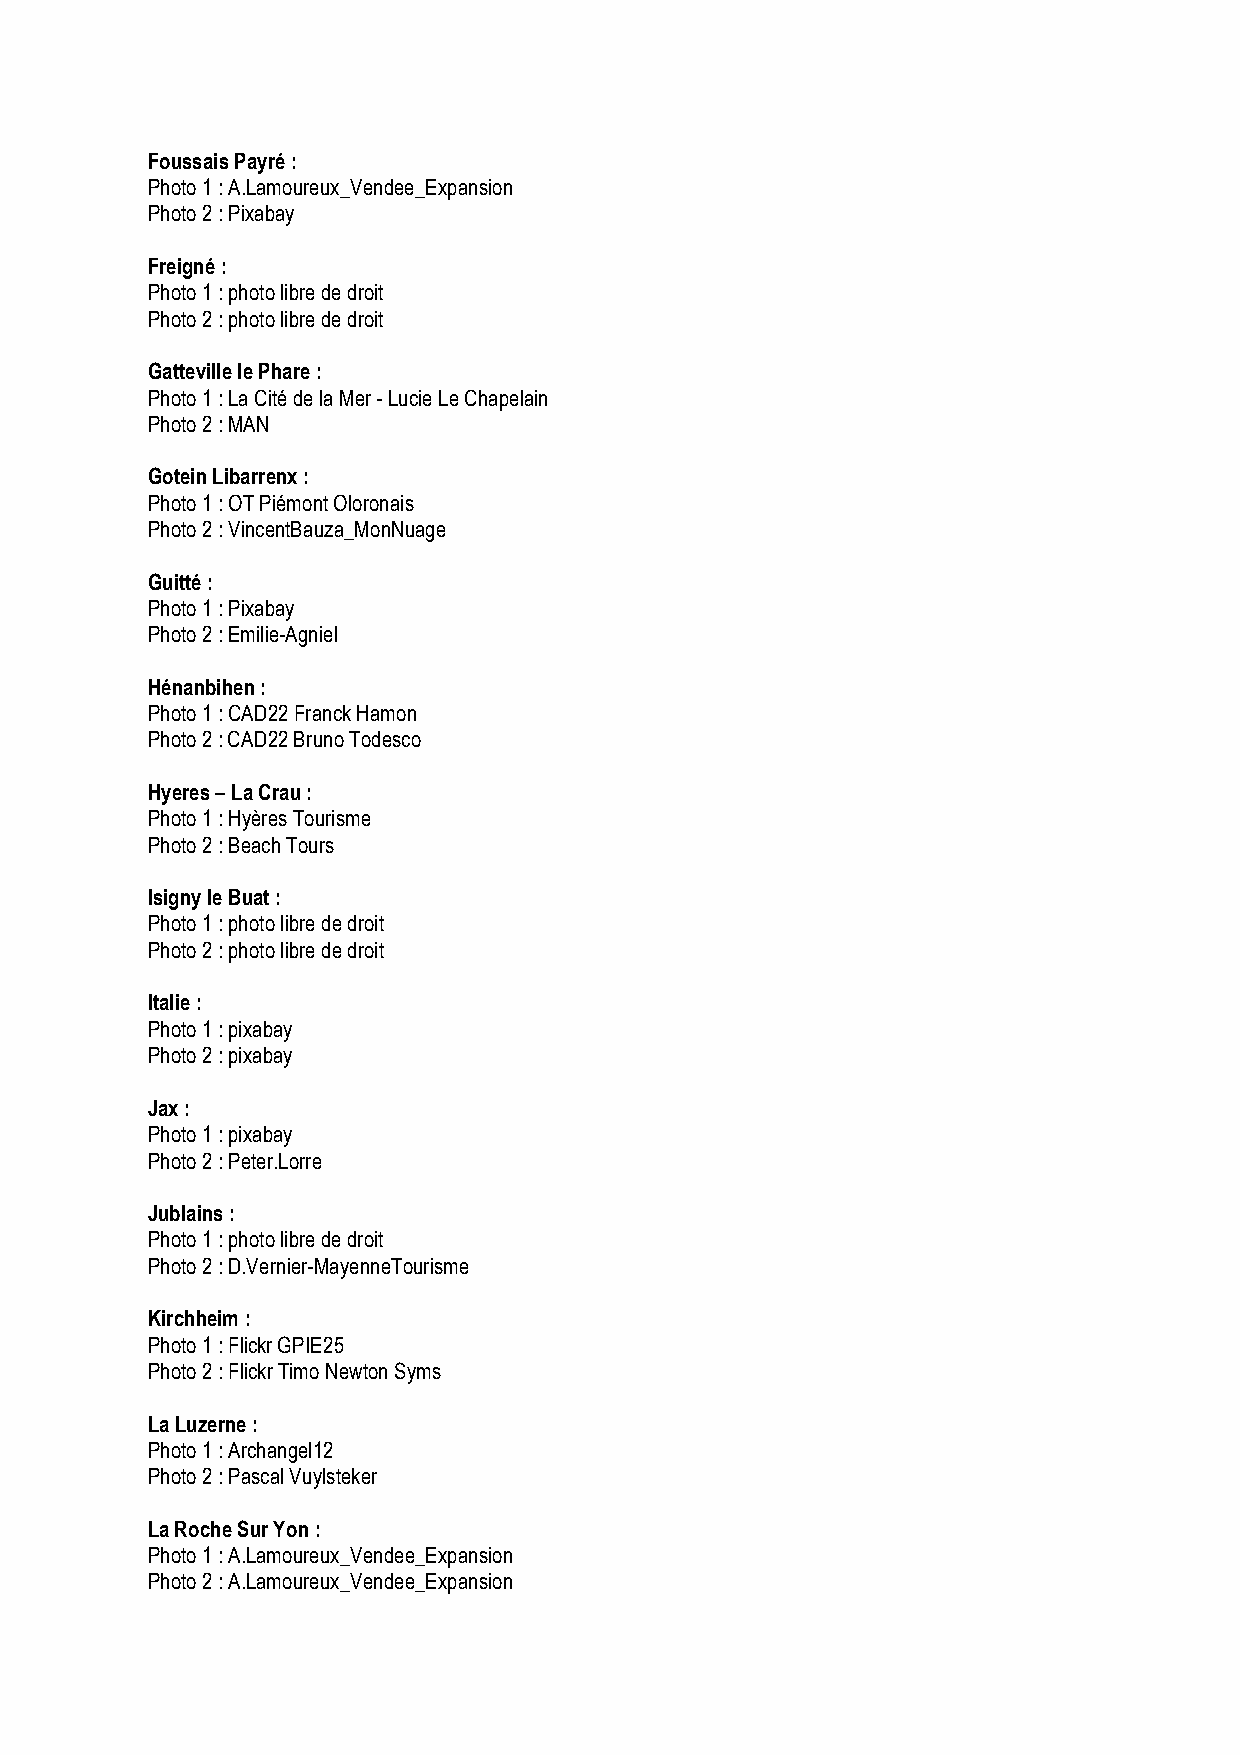
Foussais Payré :
 Photo 1 : A.Lamoureux_Vendee_Expansion
 Photo 2 : Pixabay
 Freigné :
 Photo 1 : photo libre de droit
 Photo 2 : photo libre de droit
 Gatteville le Phare :
 Photo 1 : La Cité de la Mer - Lucie Le Chapelain
 Photo 2 : MAN
 Gotein Libarrenx :
 Photo 1 : OT Piémont Oloronais
 Photo 2 : VincentBauza_MonNuage
 Guitté :
 Photo 1 : Pixabay
 Photo 2 : Emilie-Agniel
 Hénanbihen :
 Photo 1 : CAD22 Franck Hamon
 Photo 2 : CAD22 Bruno Todesco
 Hyeres – La Crau :
 Photo 1 : Hyères Tourisme
 Photo 2 : Beach Tours
 Isigny le Buat :
 Photo 1 : photo libre de droit
 Photo 2 : photo libre de droit
 Italie :
 Photo 1 : pixabay
 Photo 2 : pixabay
 Jax :
 Photo 1 : pixabay
 Photo 2 : Peter.Lorre
 Jublains :
 Photo 1 : photo libre de droit
 Photo 2 : D.Vernier-MayenneTourisme
 Kirchheim :
 Photo 1 : Flickr GPIE25
 Photo 2 : Flickr Timo Newton Syms
 La Luzerne :
 Photo 1 : Archangel12
 Photo 2 : Pascal Vuylsteker
 La Roche Sur Yon :
 Photo 1 : A.Lamoureux_Vendee_Expansion
 Photo 2 : A.Lamoureux_Vendee_Expansion